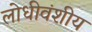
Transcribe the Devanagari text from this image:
लोधीवंशीय